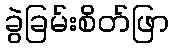
ခွဲခြမ်းစိတ်ဖြာ